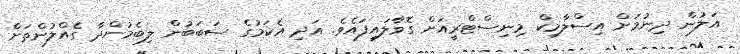
އަލުން ދިނުމަށް އިސްލާމިކް މިނިސްޓްރީއަށް ގޮވާލައިފައެވެ. އަދި އެކަމުގެ ސަބަބުން ލިބެމުންދާ ގެއްލުންތަށް